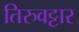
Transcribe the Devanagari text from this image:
तिरुवट्टार